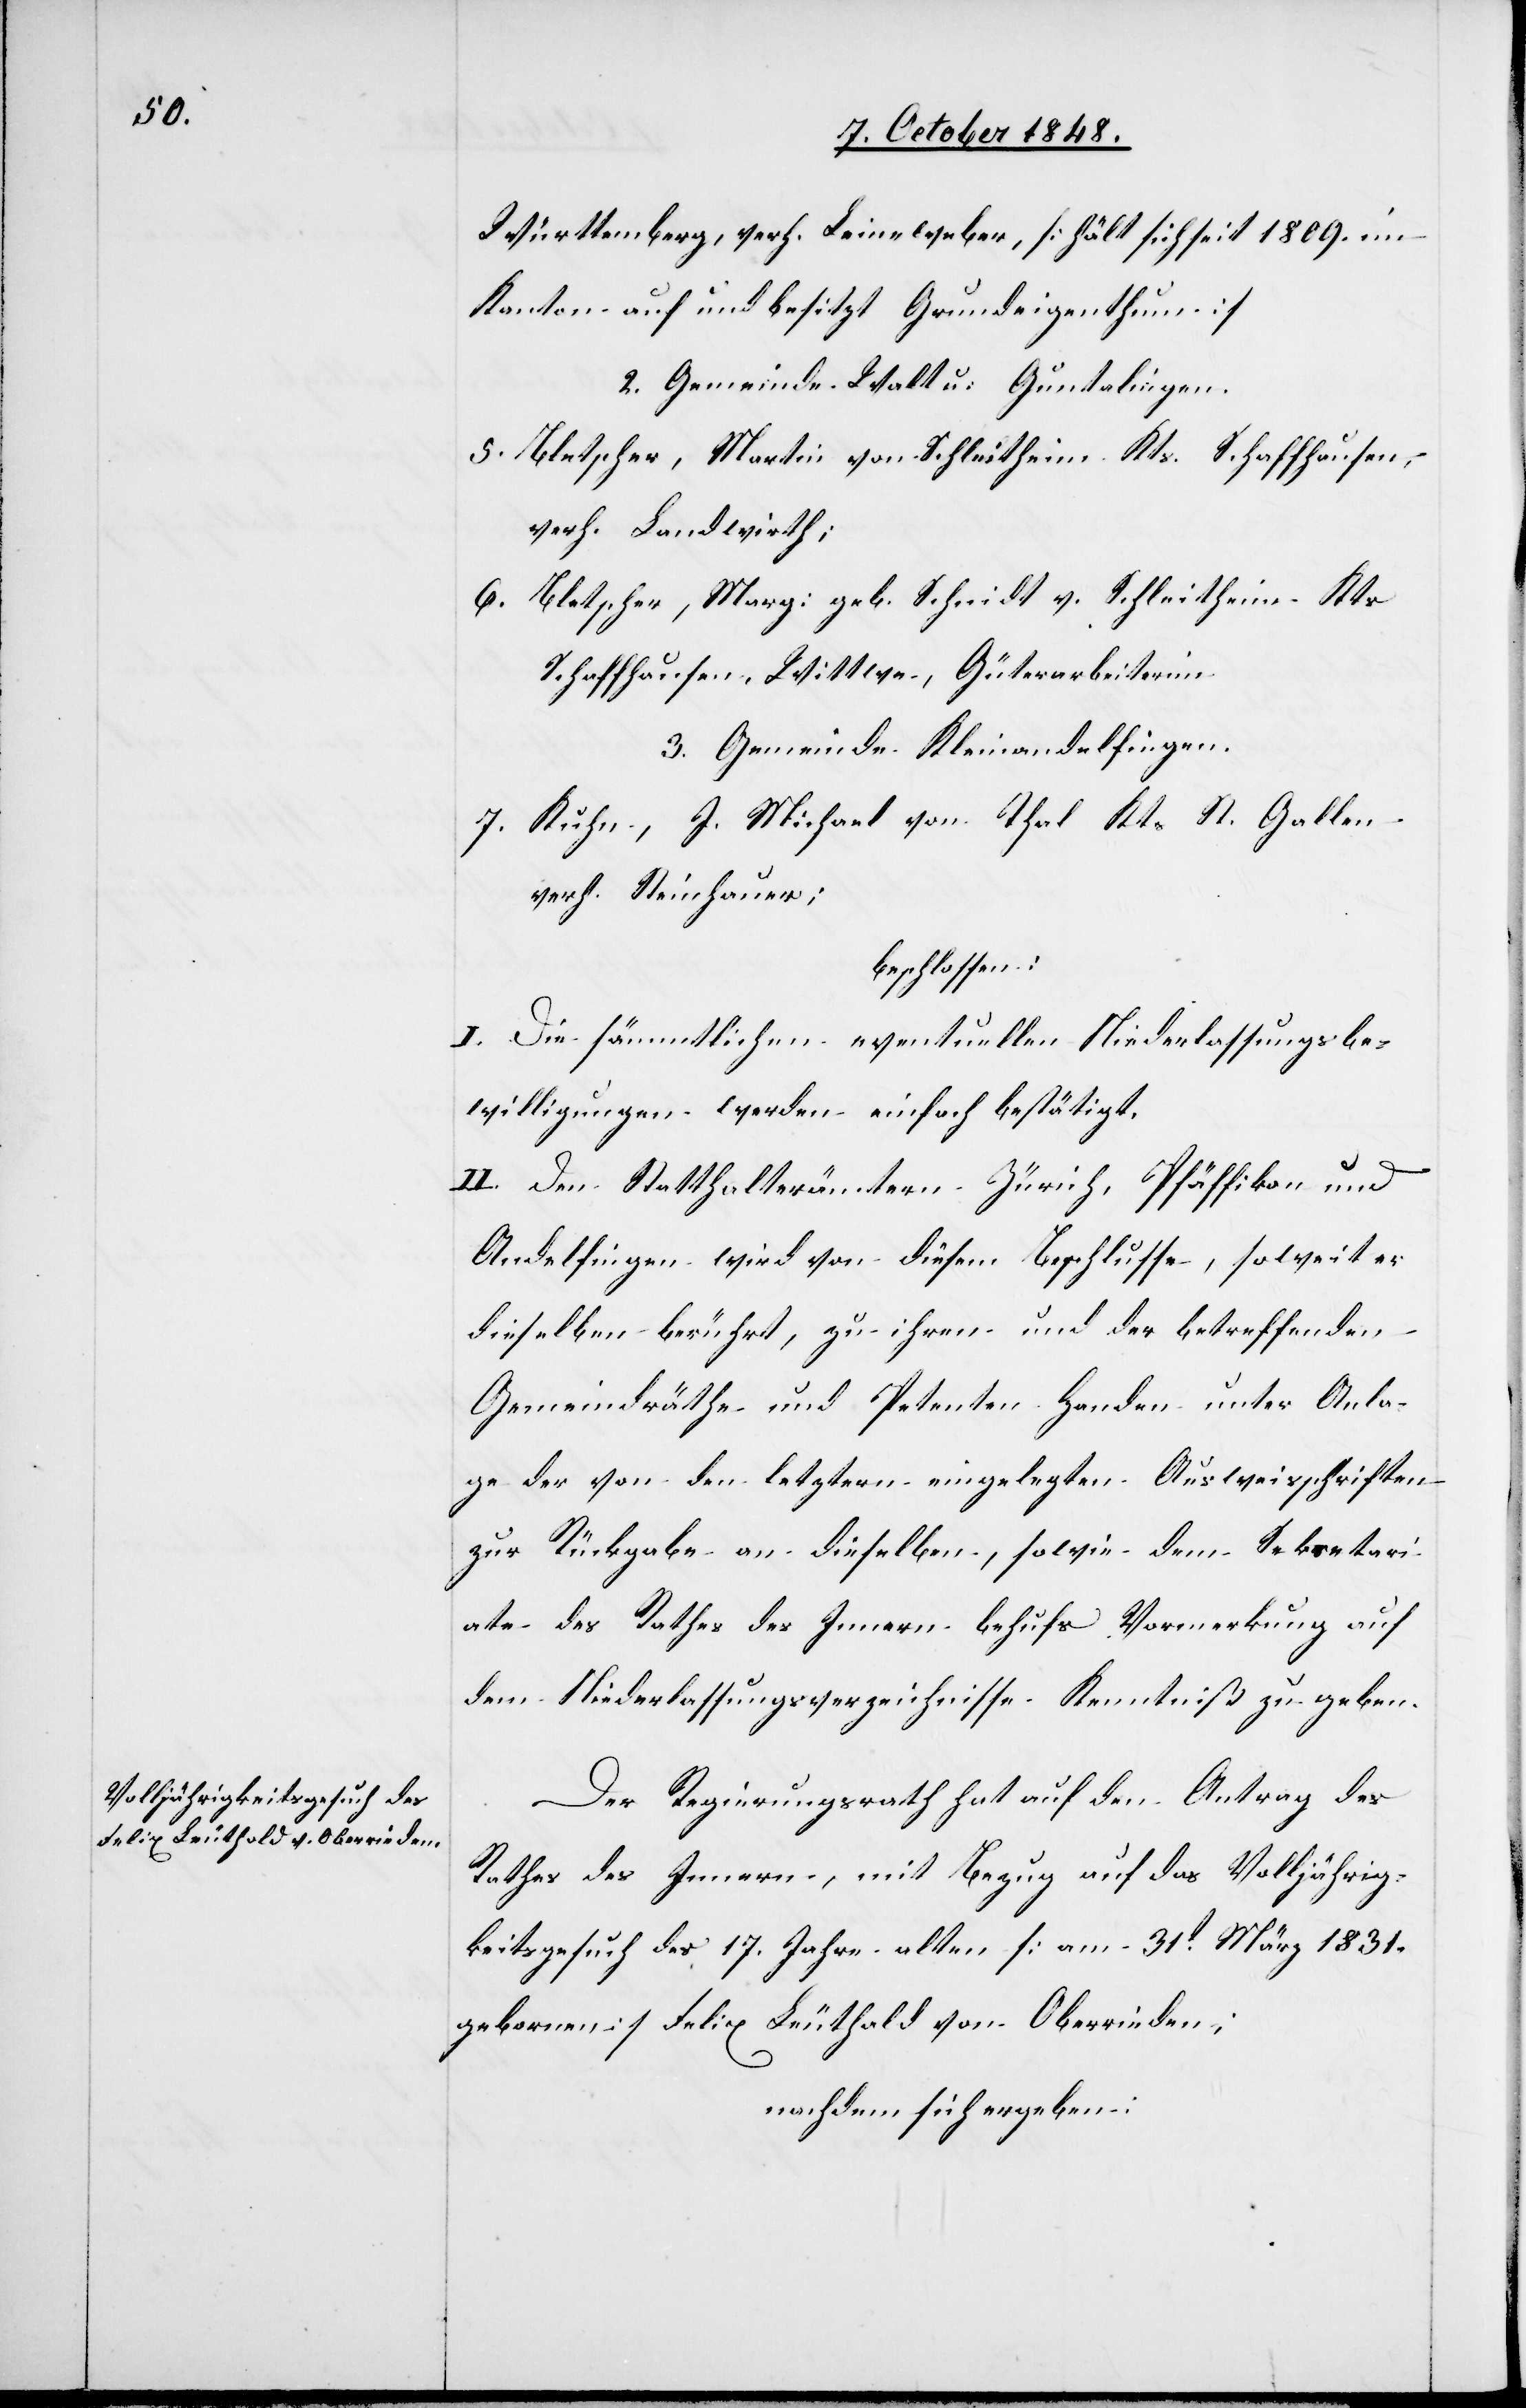
Württemberg, verh. Leineweber, [hält sich seit 1809. im
Kanton auf und besitzt Grundeigenthum.]
2. Gemeinde Walt u. Guntalingen.
5. Bletscher, Martin von Schleitheim Kts. Schaffhausen,
verh. Landwirth;
6. Bletscher, Marg: geb. Schnidt v. Schleitheim Kts.
Schaffhausen, Wittwe, Güterarbeiterinn.
3. Gemeinde Kleinandelfingen.
7. Kuhn, J. Michael von Thal Kt. St. Gallen
verh. Steinhauer;
beschlossen:
I. Die sämmtlichen eventuellen Niederlassungsbe¬
willigungen werden einfach bestätigt.
II. Den Statthalterämtern Zürich, Pfäffikon und
Andelfingen wird von diesem Beschlusse, soweit er
dieselben berührt, zu ihrem und der betreffenden
Gemeindräthe und Petenten Handen unter Anla¬
ge der von den letztern eingelegten Ausweisschriften
zur Rückgabe an dieselben, sowie dem Sekretari¬
ate des Rathes des Innern behufs Vormerkung auf
dem Niederlassungsverzeichnisse Kenntniß zu geben.
Der Regierungsrath hat auf den Antrag des
Rathes des Innern, mit Bezug auf das Volljährig¬
keitsgesuch des 17. Jahre alten [am 31t März 1831.
gebornen] Felix Leuthold von Oberrieden;
nachdem sich ergeben: